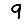
Digit: 9